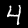
Label: 4